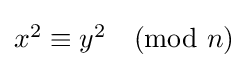
\textstyle x^{2}\equiv y^{2}{\pmod {n}}